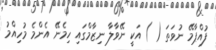
ފުއްޕާމޭ ނުވަތަ ( ) އަކީ ނޭވާލާ ނިޒާމްގައި ހިމެނޭ އެންމެ މުހިއްމު